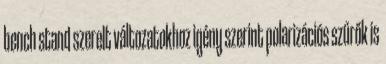
bench stand szerelt változatokhoz igény szerint polarizációs szűrők is